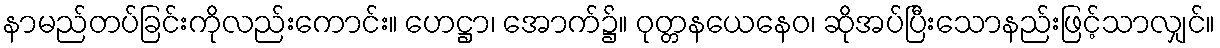
နာမည်တပ်ခြင်းကိုလည်းကောင်း။ ဟေဋ္ဌာ၊ အောက်၌။ ဝုတ္တနယေနေဝ၊ ဆိုအပ်ပြီးသောနည်းဖြင့်သာလျှင်။